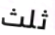
ثلث